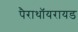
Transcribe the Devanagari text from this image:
पैराथॉयरायड